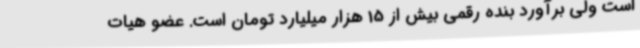
است ولی برآورد بنده رقمی بیش از 15 هزار میلیارد تومان است. عضو هیات